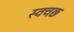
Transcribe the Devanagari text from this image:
स्वचछ